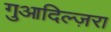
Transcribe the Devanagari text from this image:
गुआदिल्ज़रा